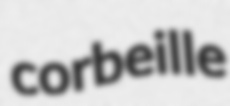
corbeille